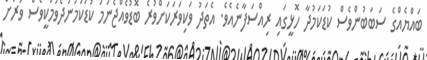
ބައްޔެއްގެ ސަބަބުންވެސް ކުޑަކަމުދާ ހޮޅީގައި ރިއްސަފާނެއެވެ. އެތަދު ވަކިވަރަކަށްވުރެ ބޮޑުވެއްޖެނަމަ ކުޑަކަމުނުދެވުމަކީވެސް ވަރަށް